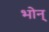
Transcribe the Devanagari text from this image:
भोन्